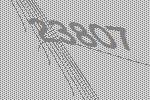
23807